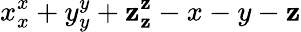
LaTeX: x_{x}^{x}+y_{y}^{y}+\mathbf{z}_{\mathbf{z}}^{\mathbf{z}}-x-y-\mathbf{z}